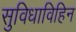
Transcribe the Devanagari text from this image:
सुविधाविहिन